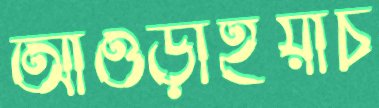
আওড়াইয়াচ